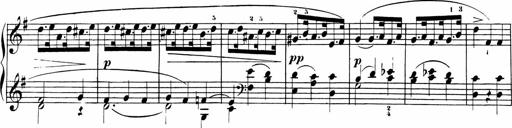
Title: Sonatinen Op.47, 98 und 136, nebst 6 Liedersonatinen
Composer: Carl Reinecke